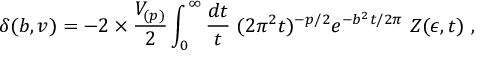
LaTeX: \delta ( b , v ) = - 2 \times { \frac { V _ { ( p ) } } { 2 } } \int _ { 0 } ^ { \infty } { \frac { d t } { t } } \; ( 2 \pi ^ { 2 } t ) ^ { - p / 2 } e ^ { - b ^ { 2 } t / 2 \pi } \ Z ( \epsilon , t ) \ ,